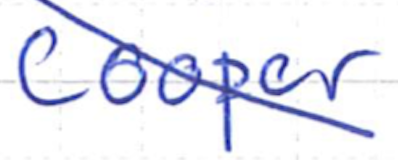
Text: Cooper
Cross-out: diagonal
Writing tool: ballpoint